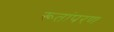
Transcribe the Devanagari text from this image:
रूतांपरण